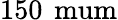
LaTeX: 150\, \mathrm{\ mum}